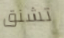
تشنق